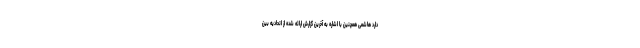
دارد هاشمی همچنین با اشاره به آخرین گزارش ارائه شده از اتحادیه بین